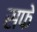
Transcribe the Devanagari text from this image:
सफे